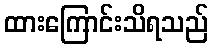
ထားကြောင်းသိရသည်